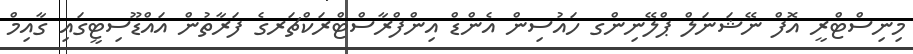
މިނިސްޓްރީ އޮފް ނޭޝަނަލް ޕްލޭނިންގ ހައުސިން އެންޑް އިންފްރާސްޓްރަކްޗަރގެ ފަރާތުން އައްޑޫސިޓީގައި ގާއިމް